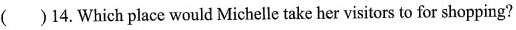
( )14.Which place would Michelle take her visitors to for shopping?